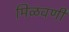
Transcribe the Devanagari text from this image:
मिळवणी